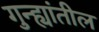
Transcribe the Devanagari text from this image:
गुन्ह्यांतील